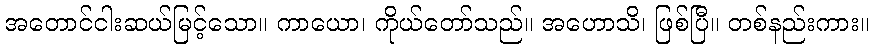
အတောင်ငါးဆယ်မြင့်သော။ ကာယော၊ ကိုယ်တော်သည်။ အဟောသိ၊ ဖြစ်ပြီ။ တစ်နည်းကား။